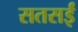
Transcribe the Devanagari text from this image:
सतसईं